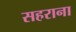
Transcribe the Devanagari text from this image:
सहराना